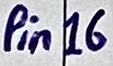
Text: Pin16